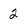
Character: 2